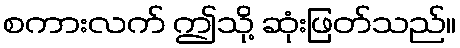
စကားလက် ဤသို့ ဆုံးဖြတ်သည်။